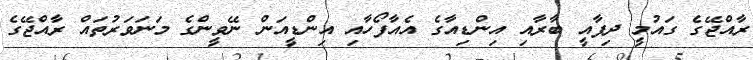
ރާއްޖޭގެ ގައުމީ ދިފާއީ ބާރާއި އިންޑިއާގެ އެއާފޯހާއި އިންޑީއަން ނޭވީންގެ މަނަވަރުތައް ރާއްޖޭގެ